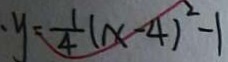
y = \frac { 1 } { 4 } ( x - 4 ) ^ { 2 } - 1